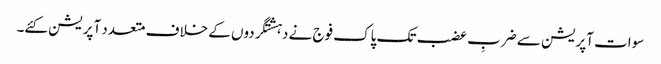
سوات آپریشن سے ضربِ عضب تک پاک فوج نے دہشتگردوں کے خلاف متعدد آپریشن کئے۔